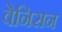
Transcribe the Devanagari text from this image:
वेनिसन